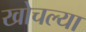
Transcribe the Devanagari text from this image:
खोचल्या